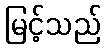
မြင့်သည်